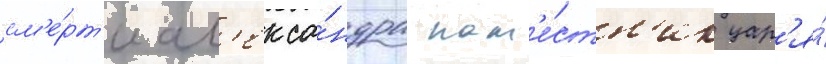
см'е́рт'и ал'екса́ндра нам'е́стн'ик цар'я́